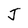
Character: J